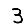
Digit: 3